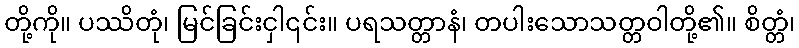
တို့ကို။ ပဿိတုံ၊ မြင်ခြင်းငှါ၎င်း။ ပရသတ္တာနံ၊ တပါးသောသတ္တဝါတို့၏။ စိတ္တံ၊